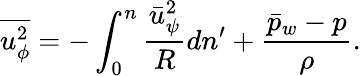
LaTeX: \overline{{u_{\phi}^{2}}}=-\int_{0}^{n}\frac{\bar{u}_{\psi}^{2}}{R}dn^{\prime}+\frac{\bar{p}_{w}-p}{\rho}.